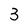
Character: 3